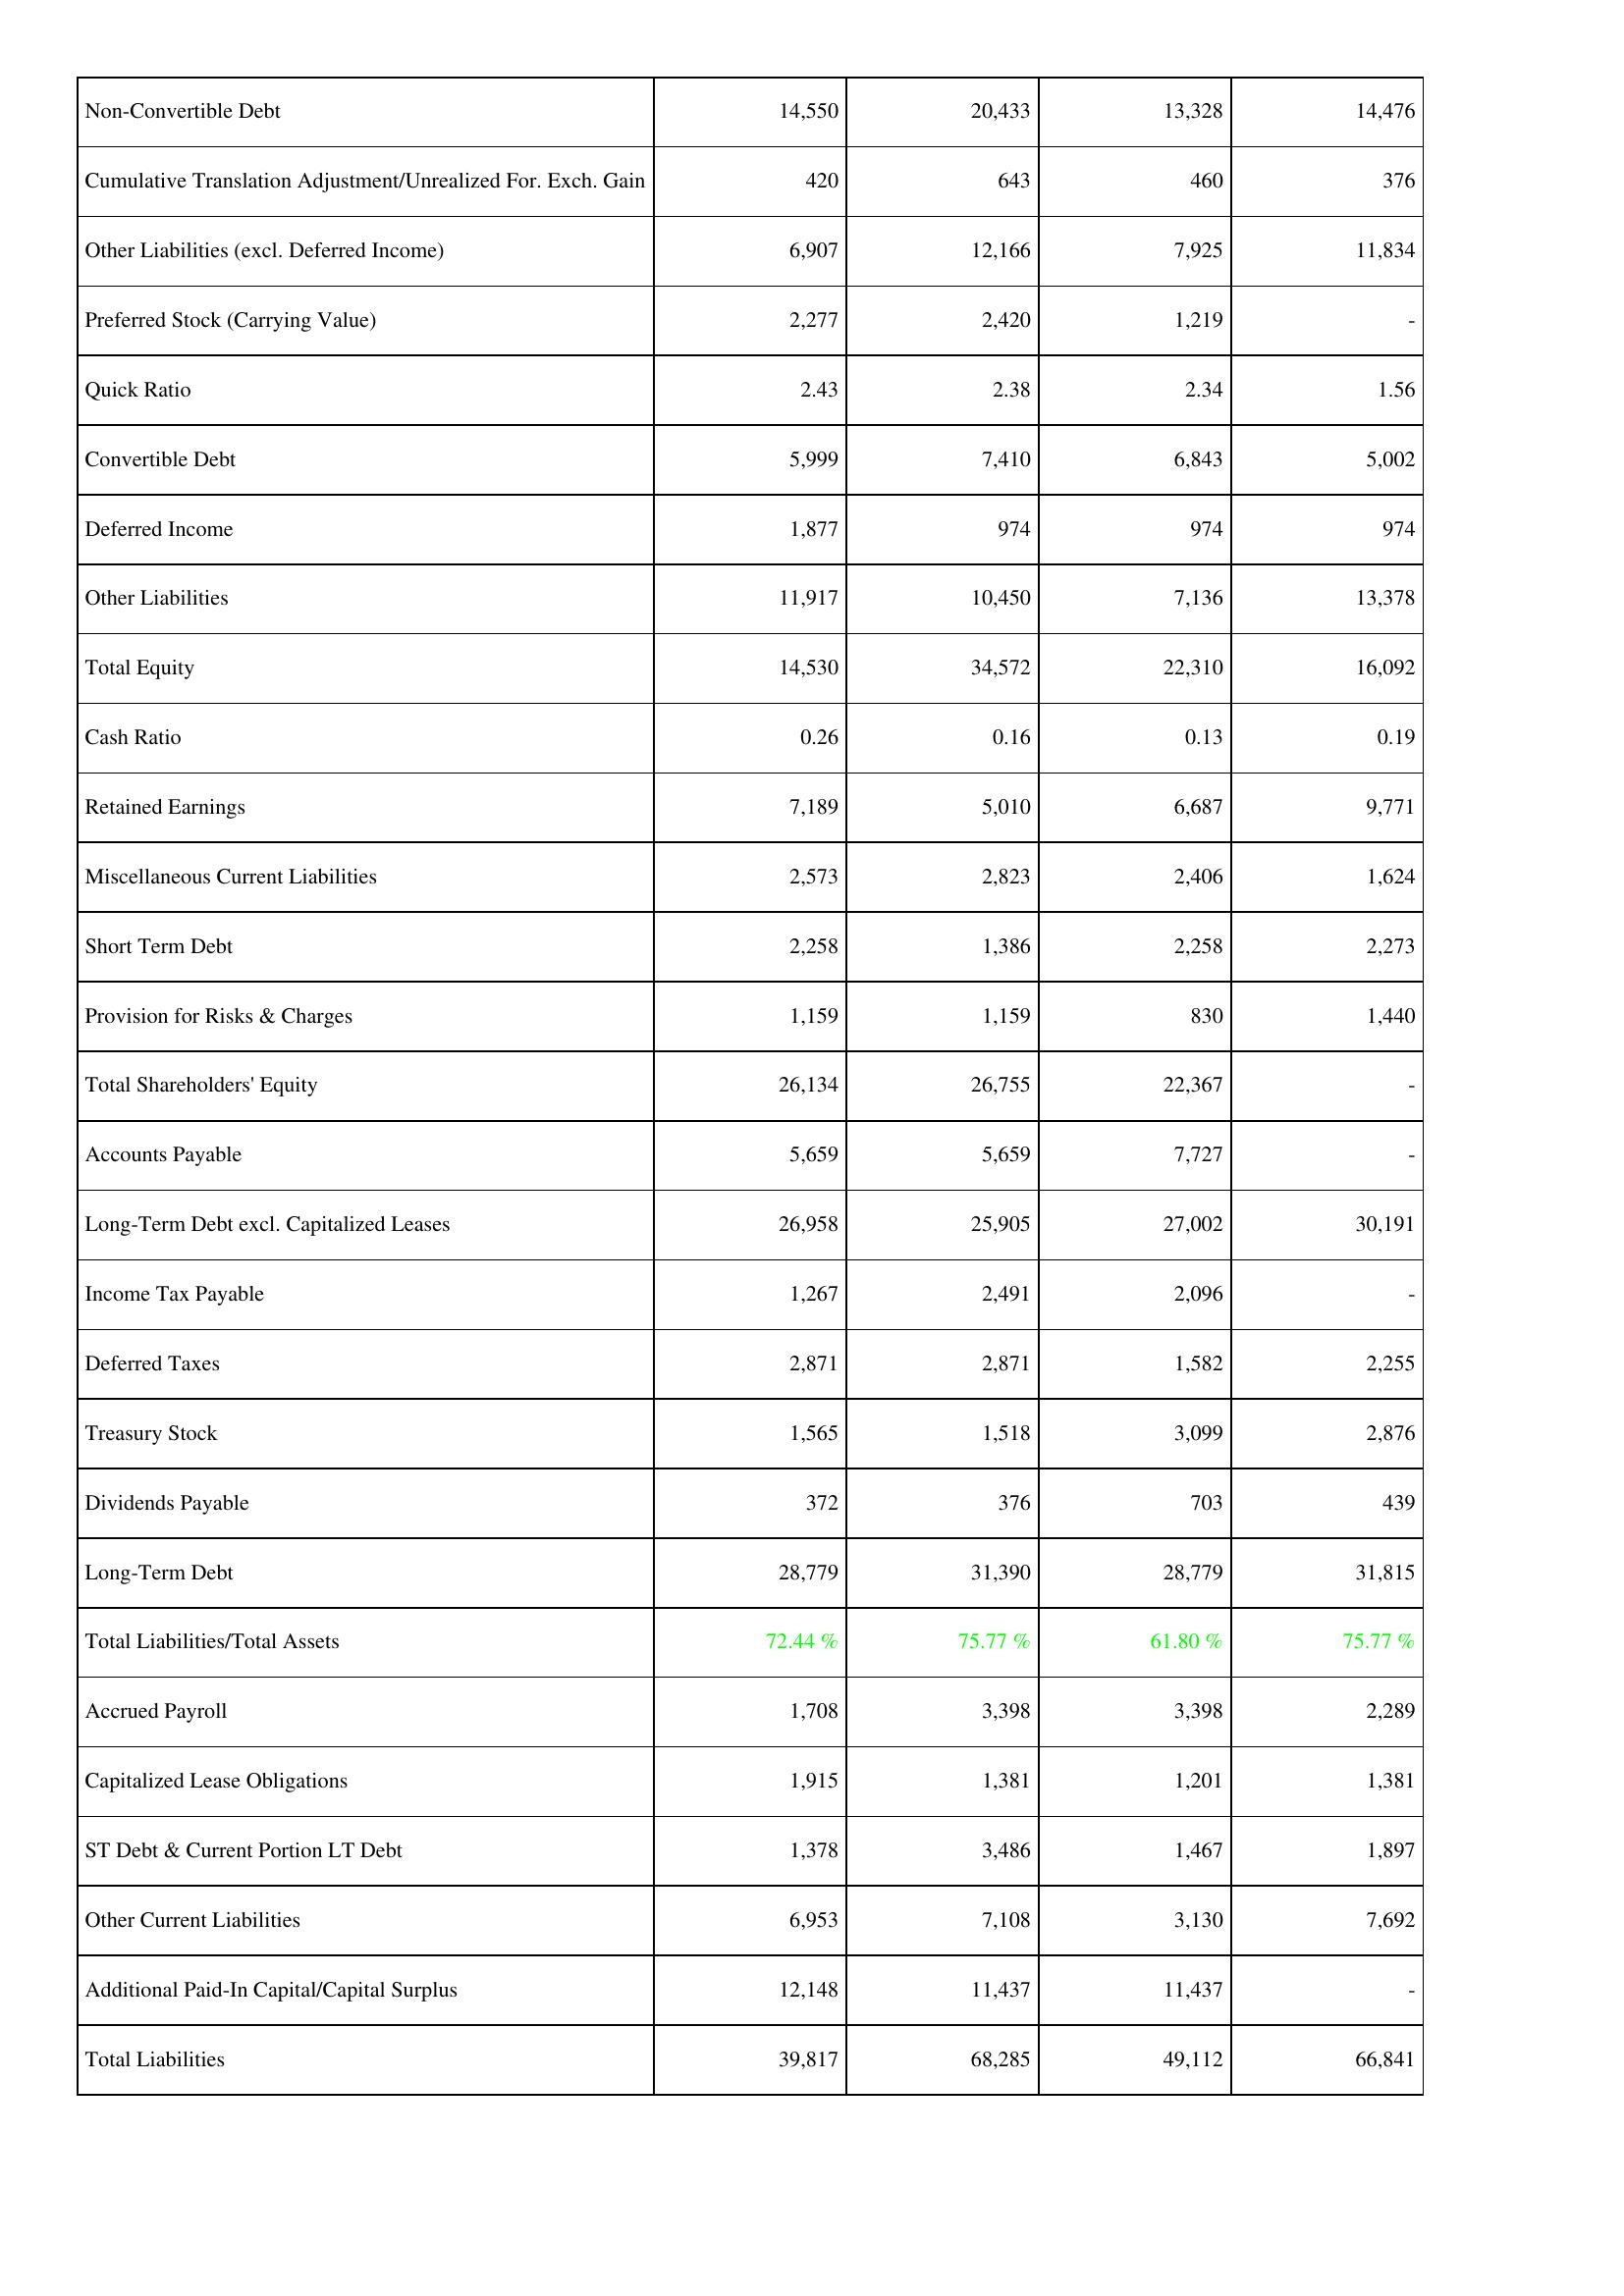
2023: Liabilities & Shareholders' Equity: Non-Convertible Debt: 14,550
Cumulative Translation Adjustment/Unrealized For. Exch. Gain: 420
Other Liabilities (excl. Deferred Income): 6,907
Preferred Stock (Carrying Value): 2,277
Quick Ratio: 2.43
Convertible Debt: 5,999
Deferred Income: 1,877
Other Liabilities: 11,917
Total Equity: 14,530
Cash Ratio: 0.26
Retained Earnings: 7,189
Miscellaneous Current Liabilities: 2,573
Short Term Debt: 2,258
Provision for Risks & Charges: 1,159
Total Shareholders' Equity: 26,134
Accounts Payable: 5,659
Long-Term Debt excl. Capitalized Leases: 26,958
Income Tax Payable: 1,267
Deferred Taxes: 2,871
Treasury Stock: 1,565
Dividends Payable: 372
Long-Term Debt: 28,779
Total Liabilities/Total Assets: 72.44 %
Accrued Payroll: 1,708
Capitalized Lease Obligations: 1,915
ST Debt & Current Portion LT Debt: 1,378
Other Current Liabilities: 6,953
Additional Paid-In Capital/Capital Surplus: 12,148
Total Liabilities: 39,817
2022: Liabilities & Shareholders' Equity: Non-Convertible Debt: 20,433
Cumulative Translation Adjustment/Unrealized For. Exch. Gain: 643
Other Liabilities (excl. Deferred Income): 12,166
Preferred Stock (Carrying Value): 2,420
Quick Ratio: 2.38
Convertible Debt: 7,410
Deferred Income: 974
Other Liabilities: 10,450
Total Equity: 34,572
Cash Ratio: 0.16
Retained Earnings: 5,010
Miscellaneous Current Liabilities: 2,823
Short Term Debt: 1,386
Provision for Risks & Charges: 1,159
Total Shareholders' Equity: 26,755
Accounts Payable: 5,659
Long-Term Debt excl. Capitalized Leases: 25,905
Income Tax Payable: 2,491
Deferred Taxes: 2,871
Treasury Stock: 1,518
Dividends Payable: 376
Long-Term Debt: 31,390
Total Liabilities/Total Assets: 75.77 %
Accrued Payroll: 3,398
Capitalized Lease Obligations: 1,381
ST Debt & Current Portion LT Debt: 3,486
Other Current Liabilities: 7,108
Additional Paid-In Capital/Capital Surplus: 11,437
Total Liabilities: 68,285
2021: Liabilities & Shareholders' Equity: Non-Convertible Debt: 13,328
Cumulative Translation Adjustment/Unrealized For. Exch. Gain: 460
Other Liabilities (excl. Deferred Income): 7,925
Preferred Stock (Carrying Value): 1,219
Quick Ratio: 2.34
Convertible Debt: 6,843
Deferred Income: 974
Other Liabilities: 7,136
Total Equity: 22,310
Cash Ratio: 0.13
Retained Earnings: 6,687
Miscellaneous Current Liabilities: 2,406
Short Term Debt: 2,258
Provision for Risks & Charges: 830
Total Shareholders' Equity: 22,367
Accounts Payable: 7,727
Long-Term Debt excl. Capitalized Leases: 27,002
Income Tax Payable: 2,096
Deferred Taxes: 1,582
Treasury Stock: 3,099
Dividends Payable: 703
Long-Term Debt: 28,779
Total Liabilities/Total Assets: 61.80 %
Accrued Payroll: 3,398
Capitalized Lease Obligations: 1,201
ST Debt & Current Portion LT Debt: 1,467
Other Current Liabilities: 3,130
Additional Paid-In Capital/Capital Surplus: 11,437
Total Liabilities: 49,112
2020: Liabilities & Shareholders' Equity: Non-Convertible Debt: 14,476
Cumulative Translation Adjustment/Unrealized For. Exch. Gain: 376
Other Liabilities (excl. Deferred Income): 11,834
Preferred Stock (Carrying Value): -
Quick Ratio: 1.56
Convertible Debt: 5,002
Deferred Income: 974
Other Liabilities: 13,378
Total Equity: 16,092
Cash Ratio: 0.19
Retained Earnings: 9,771
Miscellaneous Current Liabilities: 1,624
Short Term Debt: 2,273
Provision for Risks & Charges: 1,440
Total Shareholders' Equity: -
Accounts Payable: -
Long-Term Debt excl. Capitalized Leases: 30,191
Income Tax Payable: -
Deferred Taxes: 2,255
Treasury Stock: 2,876
Dividends Payable: 439
Long-Term Debt: 31,815
Total Liabilities/Total Assets: 75.77 %
Accrued Payroll: 2,289
Capitalized Lease Obligations: 1,381
ST Debt & Current Portion LT Debt: 1,897
Other Current Liabilities: 7,692
Additional Paid-In Capital/Capital Surplus: -
Total Liabilities: 66,841